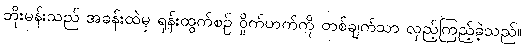
ဘိုးမန်းသည် အခန်းထဲမှ ရုန်းထွက်စဉ် ဝှိုက်ဟက်ကို တစ်ချက်သာ လှည့်ကြည့်ခဲ့သည်။